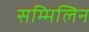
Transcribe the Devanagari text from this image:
सम्मिलिन